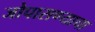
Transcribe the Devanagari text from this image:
जोपासण्याचा